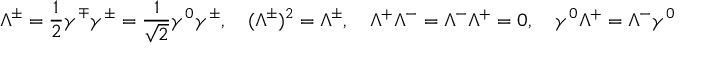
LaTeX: \Lambda ^ { \pm } = { \frac { 1 } { 2 } } \gamma ^ { \mp } \gamma ^ { \pm } = { \frac { 1 } { \sqrt { 2 } } } \gamma ^ { 0 } \gamma ^ { \pm } , \quad ( { \Lambda ^ { \pm } } ) ^ { 2 } = { \Lambda ^ { \pm } } , \quad { \Lambda ^ { + } } \Lambda ^ { - } = \Lambda ^ { - } \Lambda ^ { + } = 0 , \quad \gamma ^ { 0 } \Lambda ^ { + } = \Lambda ^ { - } \gamma ^ { 0 }